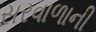
સરવાળાની